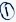
Text: 1